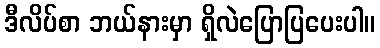
ဒီလိပ်စာ ဘယ်နားမှာ ရှိလဲပြောပြပေးပါ။